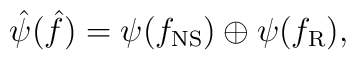
\hat{\psi}(\hat{f}) = \psi(f_{\rm NS}) \oplus \psi(f_{\rm R}),